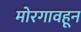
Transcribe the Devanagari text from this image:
मोरगावहून